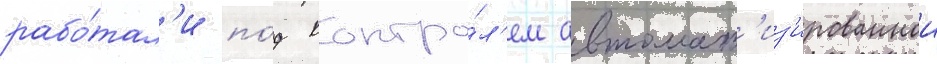
рабо́тал'и по́д контро́л'ем автомат'из'ированнои